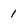
Character: 1